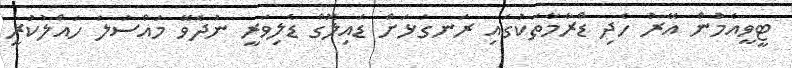
ޓީވީއެމުން އޭރު ހެދި ޑްރާމާތަކުގައި ރަނގަޅަށް ޑައިލޮގް ޑެލިވަރީ ނުދެވޭ މައްސަލަ ހައްލުކުރީ